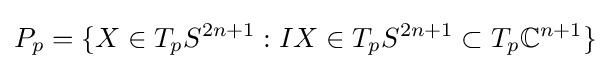
P_{p}=\{X\in T_{p}S^{2n+1}:IX\in T_{p}S^{2n+1}\subset T_{p}\mathbb {C} ^{n+1}\}